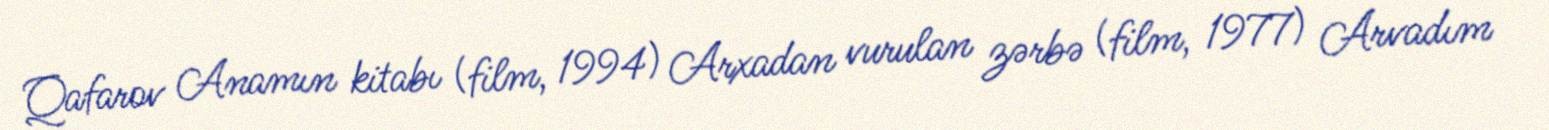
Qafarov Anamın kitabı (film, 1994) Arxadan vurulan zərbə (film, 1977) Arvadım